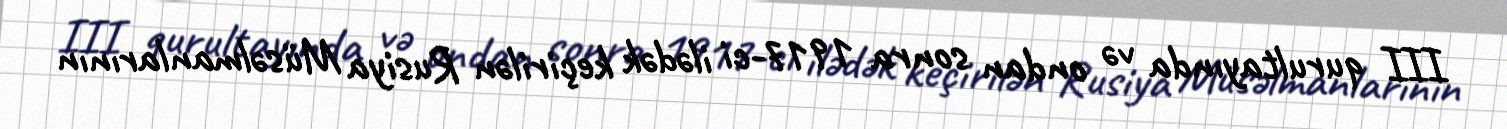
III qurultayında və ondan sonra 1917-ci ilədək keçirilən Rusiya Müsəlmanlarının